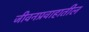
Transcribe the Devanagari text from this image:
जीवनप्रवाहातील